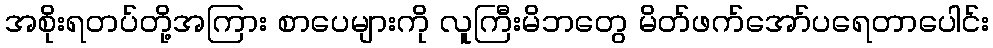
အစိုးရတပ်တို့အကြား စာပေများကို လူကြီးမိဘတွေ မိတ်ဖက်အော်ပရေတာပေါင်း